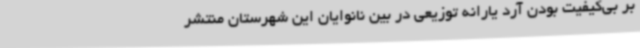
بر بی‌کیفیت بودن آرد یارانه توزیعی در بین نانوایان این شهرستان منتشر